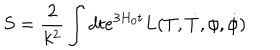
S = \frac { 2 } { k ^ { 2 } } \int { d t e ^ { 3 H _ { 0 } t } L ( T , \dot { T } , { \phi } , \dot { \phi } ) }